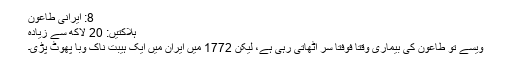
8: ایرانی طاعون
ہلاکتیں: 20 لاکھ سے زیادہ
ویسے تو طاعون کی بیماری وقتاً فوفتاً سر اٹھاتی رہی ہے، لیکن 1772 میں ایران میں ایک ہیبت ناک وبا پھوٹ پڑی۔